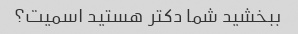
ببخشید شما دکتر هستید اسمیت؟